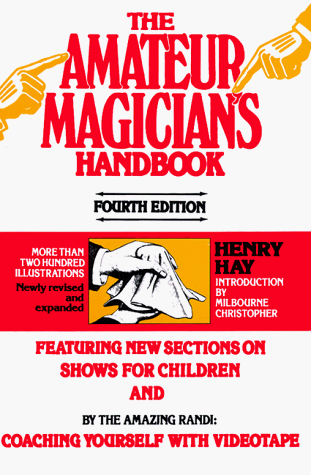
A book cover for The Amateur Magicians Handbook; Henry Hay; Humor & Entertainment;